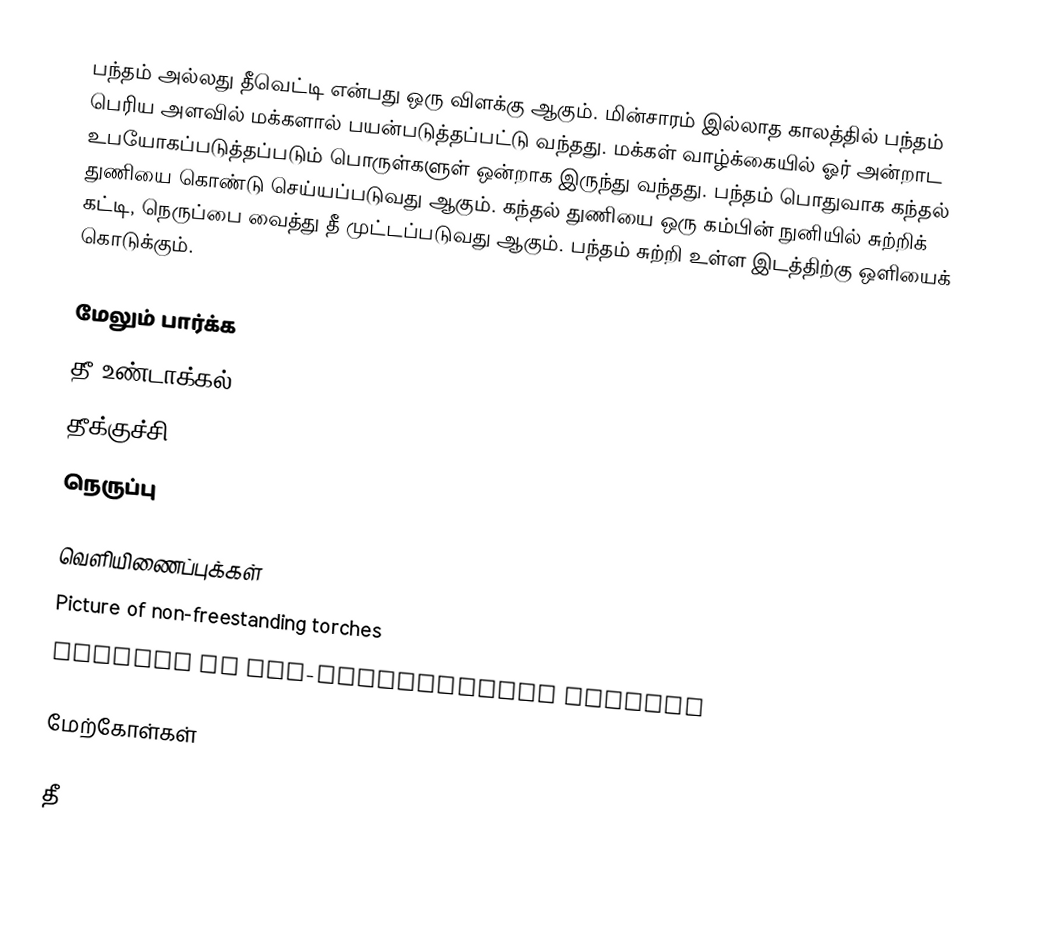
பந்தம் அல்லது தீவெட்டி என்பது ஒரு விளக்கு ஆகும். மின்சாரம் இல்லாத காலத்தில் பந்தம் பெரிய அளவில் மக்களால் பயன்படுத்தப்பட்டு வந்தது. மக்கள் வாழ்க்கையில் ஓர் அன்றாட உபயோகப்படுத்தப்படும் பொருள்களுள் ஒன்றாக இருந்து வந்தது. பந்தம் பொதுவாக  கந்தல் துணியை கொண்டு செய்யப்படுவது ஆகும். கந்தல் துணியை ஒரு கம்பின் நுனியில் சுற்றிக் கட்டி, நெருப்பை வைத்து தீ முட்டப்படுவது ஆகும். பந்தம் சுற்றி உள்ள இடத்திற்கு ஒளியைக் கொடுக்கும்.

மேலும் பார்க்க
தீ உண்டாக்கல்
தீக்குச்சி
நெருப்பு

வெளியிணைப்புக்கள்
 Picture of non-freestanding torches
 Picture of non-freestanding torches

மேற்கோள்கள்

தீ